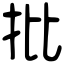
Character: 批